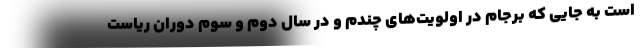
است به جایی که برجام در اولویت‌های چندم و در سال دوم و سوم دوران ریاست